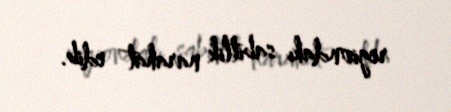
regiondakı sabitlik narahat edib.